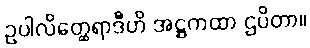
ဥပါလိတ္ထေရာဒီဟိ အဋ္ဌကထာ ဌပိတာ။